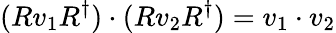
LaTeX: (Rv_{1}R^{\dagger})\cdot(Rv_{2}R^{\dagger})=v_{1}\cdot v_{2}